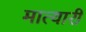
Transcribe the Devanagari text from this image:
मात्यारी